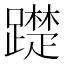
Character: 𨆄